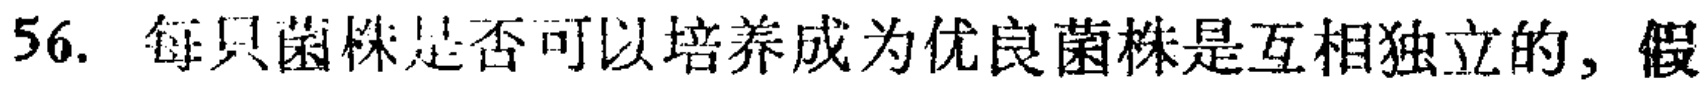
56. 每只菌株是否可以培养成为优良菌株是互相独立的，假